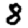
Digit: 8